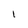
Character: I